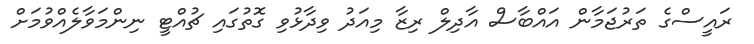
ރައީސްގެ ތަރުޖަމާން އައްބާސް އާދިލް ރިޒާ މިއަދު ވިދާޅުވި ގޮތުގައި ޗުއްޓީ ނިންމަވާލެއްވުމަށް